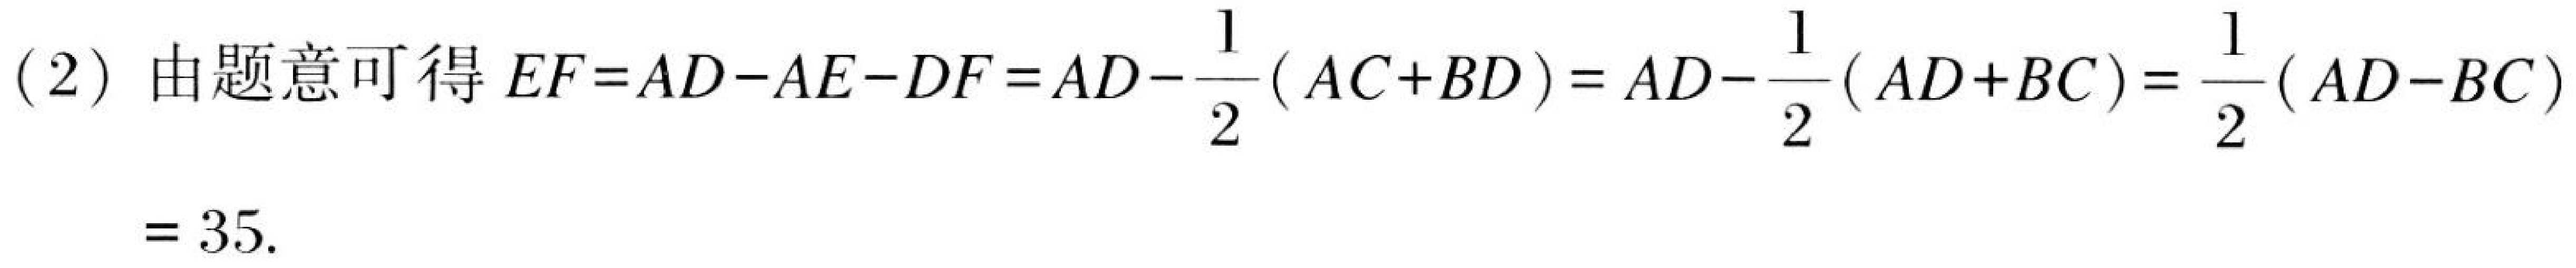
(2) 由题意可得 \(EF = AD - AE - DF=AD-\frac{1}{2}(AC + BD)=AD-\frac{1}{2}(AD + BC)=\frac{1}{2}(AD - BC)\)
\(= 35\).